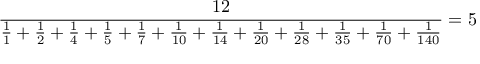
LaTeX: { \frac { 1 2 } { { \frac { 1 } { 1 } } + { \frac { 1 } { 2 } } + { \frac { 1 } { 4 } } + { \frac { 1 } { 5 } } + { \frac { 1 } { 7 } } + { \frac { 1 } { 1 0 } } + { \frac { 1 } { 1 4 } } + { \frac { 1 } { 2 0 } } + { \frac { 1 } { 2 8 } } + { \frac { 1 } { 3 5 } } + { \frac { 1 } { 7 0 } } + { \frac { 1 } { 1 4 0 } } } } = 5